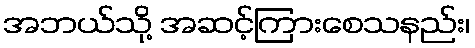
အဘယ်သို့ အဆင့်ကြားစေသနည်း၊